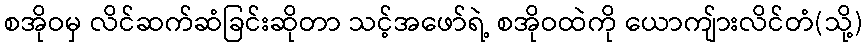
စအိုဝမှ လိင်ဆက်ဆံခြင်းဆိုတာ သင့်အဖော်ရဲ့ စအိုဝထဲကို ယောကျ်ားလိင်တံ(သို့)